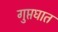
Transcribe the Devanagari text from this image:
गुप्तघात